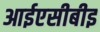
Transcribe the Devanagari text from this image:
आईएसीबीइ